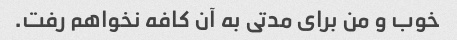
خوب و من برای مدتی به آن کافه نخواهم رفت.